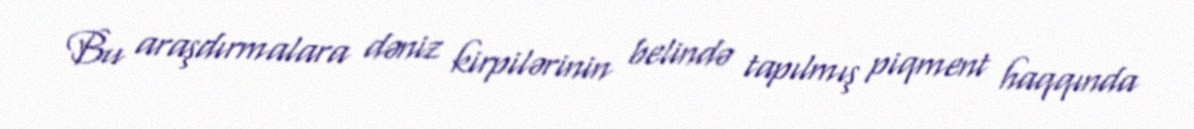
Bu araşdırmalara dəniz kirpilərinin belində tapılmış piqment haqqında